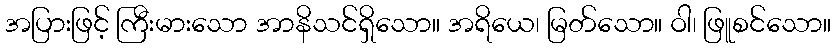
အပြားဖြင့် ကြီးမားသော အာနိသင်ရှိသော။ အရိယေ၊ မြတ်သော။ ဝါ၊ ဖြူစင်သော။